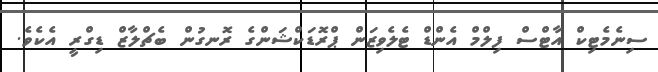
ސިނެމެޓިކް އާޓްސް ފިލްމް އެންޑް ޓެލެވިޒަން ޕްރޮޑަކްޝަންގެ ރޮނގުން ބެޗްލާޒް ޑިގްރީ އެކެވެ.